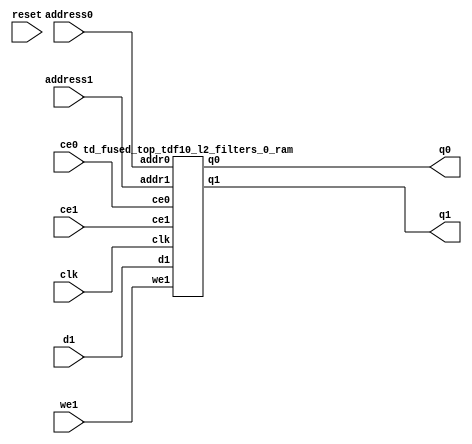
`define EXPONENT 5
`define MANTISSA 10
`define ACTUAL_MANTISSA 11
`define EXPONENT_LSB 10
`define EXPONENT_MSB 14
`define MANTISSA_LSB 0
`define MANTISSA_MSB 9
`define MANTISSA_MUL_SPLIT_LSB 3
`define MANTISSA_MUL_SPLIT_MSB 9
`define SIGN 1
`define SIGN_LOC 15
`define DWIDTH (`SIGN+`EXPONENT+`MANTISSA)
`define IEEE_COMPLIANCE 1

module td_fused_top_tdf10_l2_filters_0(
    reset,
    clk,
    address0,
    ce0,
    q0,
    address1,
    ce1,
    we1,
    d1,
    q1);

parameter DataWidth = 32'd16;
parameter AddressRange = 32'd16384;
parameter AddressWidth = 32'd14;
input reset;
input clk;
input[AddressWidth - 1:0] address0;
input ce0;
output[DataWidth - 1:0] q0;
input[AddressWidth - 1:0] address1;
input ce1;
input we1;
input[DataWidth - 1:0] d1;
output[DataWidth - 1:0] q1;



td_fused_top_tdf10_l2_filters_0_ram td_fused_top_tdf10_l2_filters_0_ram_U(
    .clk( clk ),
    .addr0( address0 ),
    .ce0( ce0 ),
    .q0( q0 ),
    .addr1( address1 ),
    .ce1( ce1 ),
    .we1( we1 ),
    .d1( d1 ),
    .q1( q1 )
);

endmodule
module td_fused_top_tdf10_l2_filters_0_ram (addr0, ce0, q0, addr1, ce1, d1, we1, q1,  clk);

parameter DWIDTH = 16;
parameter AWIDTH = 14;
parameter MEM_SIZE = 16384;

input[AWIDTH-1:0] addr0;
input ce0;
output reg[DWIDTH-1:0] q0;
input[AWIDTH-1:0] addr1;
input ce1;
input[DWIDTH-1:0] d1;
input we1;
output reg[DWIDTH-1:0] q1;
input clk;

 reg [DWIDTH-1:0] ram[MEM_SIZE-1:0];




always @(posedge clk)  
begin 
    if (ce0) begin
        q0 <= ram[addr0];
    end
end


always @(posedge clk)  
begin 
    if (ce1) begin
        if (we1) 
            ram[addr1] <= d1; 
        q1 <= ram[addr1];
    end
end


endmodule